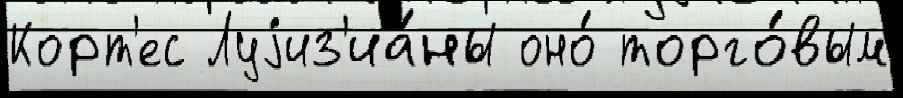
Корт'ес Луjиз'иа́ны оно́ торго́вым